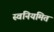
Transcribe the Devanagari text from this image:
स्वनियमित